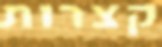
קצרות